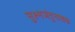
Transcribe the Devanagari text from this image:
सुक्ष्मजंतुनाशक